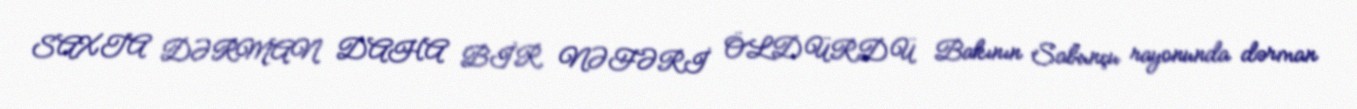
SAXTA DƏRMAN DAHA BİR NƏFƏRİ ÖLDÜRDÜ Bakının Sabunçu rayonunda dərman